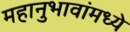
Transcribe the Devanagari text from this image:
महानुभावांमध्ये